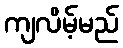
ကျလိမ့်မည်